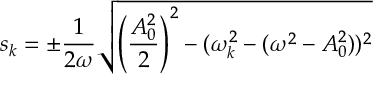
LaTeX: s _ { k } = \pm { \frac { 1 } { 2 \omega } } \sqrt { \left( { \frac { A _ { 0 } ^ { 2 } } { 2 } } \right) ^ { 2 } - ( \omega _ { k } ^ { 2 } - ( \omega ^ { 2 } - A _ { 0 } ^ { 2 } ) ) ^ { 2 } }